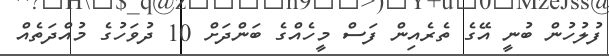
ފުލުހުން ބުނީ އޭގެ ތެރެއިން ފަސް މީހެއްގެ ބަންދަށް 10 ދުވަހުގެ މުއްދަތެއް